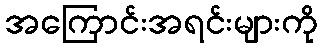
အကြောင်းအရင်းများကို